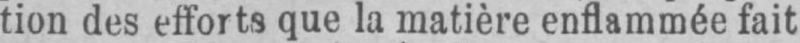
tion des efforts que la matière enflammée fait